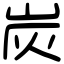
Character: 炭